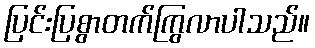
ပြင်းပြစွာတက်ကြွလာပါသည်။